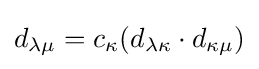
d_{\lambda \mu }=c_{\kappa }(d_{\lambda \kappa }\cdot d_{\kappa \mu })